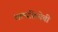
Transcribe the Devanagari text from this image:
शल्यक्रियेची